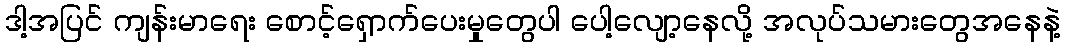
ဒါ့အပြင် ကျန်းမာရေး စောင့်ရှောက်ပေးမှုတွေပါ ပေါ့လျော့နေလို့ အလုပ်သမားတွေအနေနဲ့